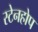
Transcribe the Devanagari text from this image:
स्टेनहोप